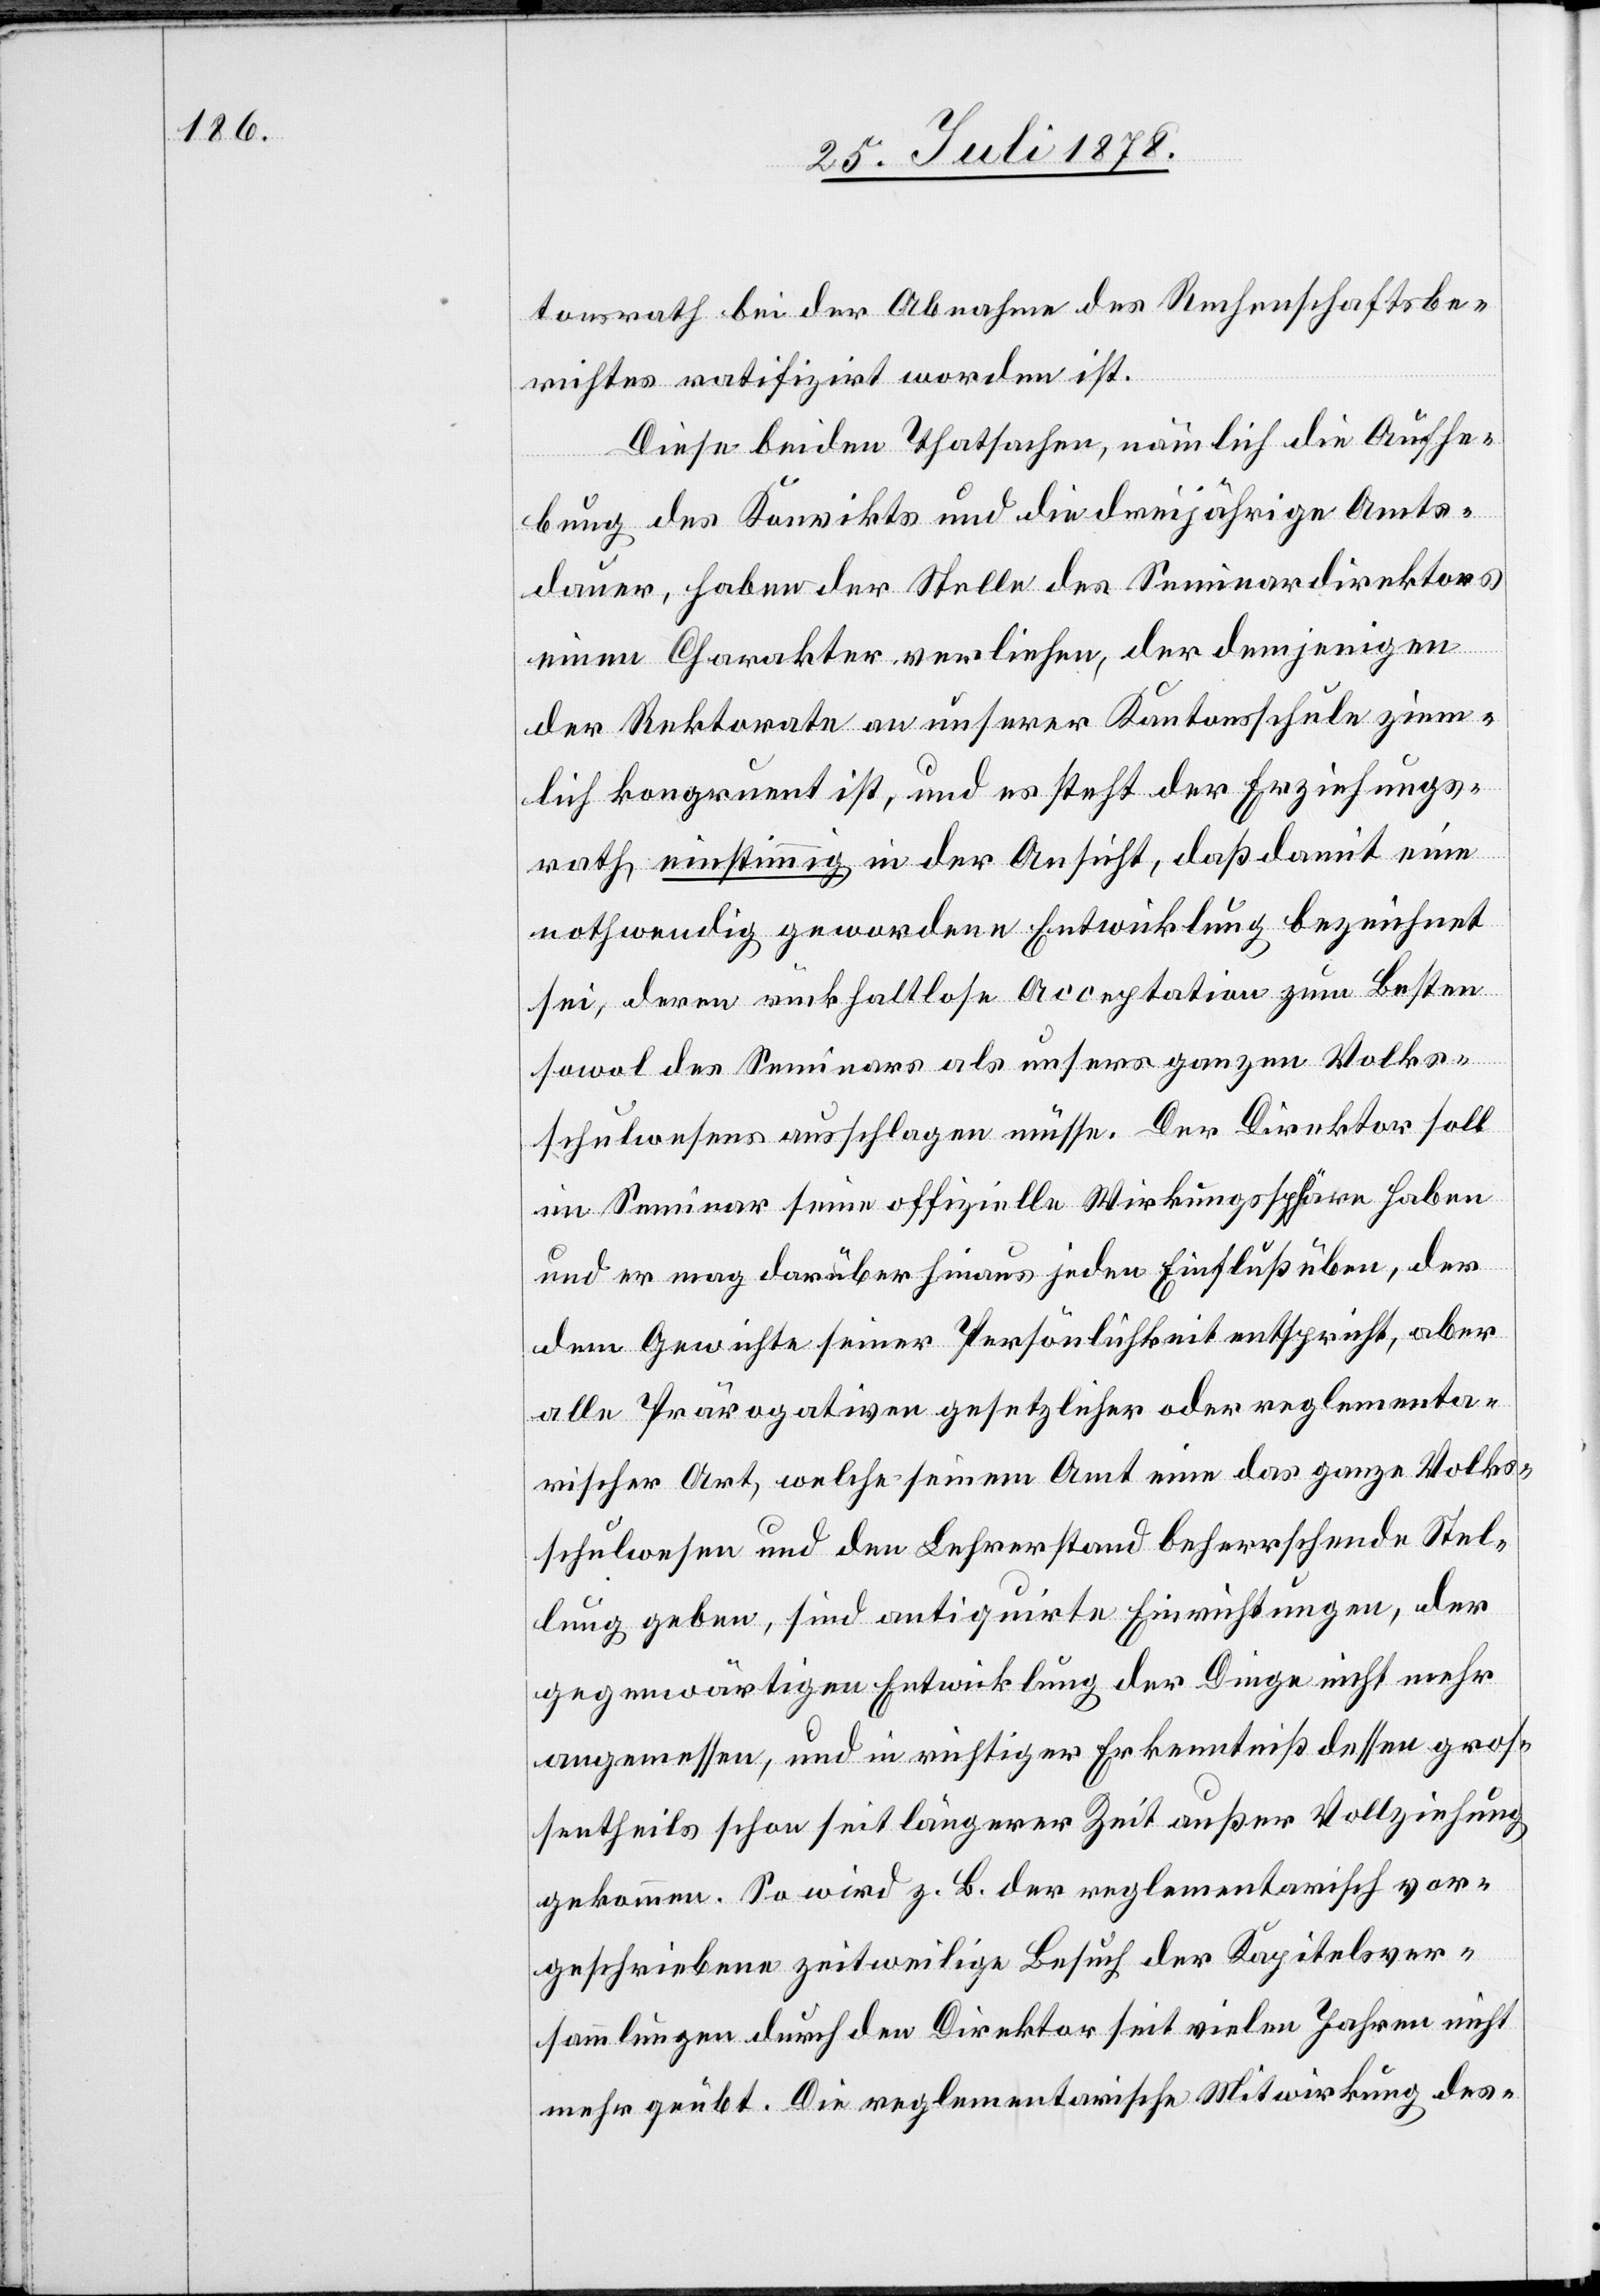
tonsrath bei der Abnahme des Rechenschaftsbe¬
richtes ratifizirt worden ist.
Diese beiden Thatsachen, nämlich die Aufhe¬
bung des Konvikts und die dreijährige Amts¬
dauer, haben der Stelle des Seminardirektors
einen Charakter verliehen, der demjenigen
der Rektorate an unserer Kantonsschule ziem¬
lich kongruent ist, und es steht der Erziehungs¬
rath einstimmig in der Ansicht, daß damit eine
nothwendig gewordene Entwicklung bezeichnet
sei, deren rückhaltlose Acceptation zum Besten
sowol des Seminars als unseres ganzen Volks¬
schulwesens ausschlagen müsse. Der Direktor soll
im Seminar seine offizielle Wirkungssphäre haben
und er mag darüber hinaus jeden Einfluß üben, der
dem Gewichte seiner Persönlichkeit entspricht, aber
alle Prärogativen gesetzlicher oder reglementa¬
rischer Art, welche seinem Amt eine das ganze Volks¬
schulwesen und den Lehrerstand beherrschende Stel¬
lung geben, sind antiquirte Einrichtungen, der
gegenwärtigen Entwicklung der Dinge nicht mehr
angemessen, und in richtiger Erkenntniß dessen gros¬
sentheils schon seit längerer Zeit außer Vollziehung
gekommen. So wird z. B. der reglementarisch vor¬
geschriebene zeitweilige Besuch der Kapitelsver¬
sammlungen durch den Direktor seit vielen Jahren nicht
mehr geübt. Die reglementarische Mitwirkung des-